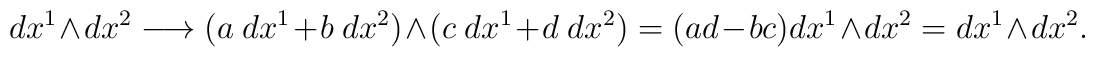
dx^1\wedge dx^2\longrightarrow (a\ dx^1+b\ dx^2)\wedge(c\ dx^1+d\ dx^2)=(ad-bc)dx^1\wedge dx^2=dx^1\wedge dx^2.